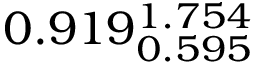
0 . 9 1 9 _ { 0 . 5 9 5 } ^ { 1 . 7 5 4 }